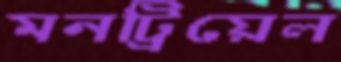
মনট্রিয়েল